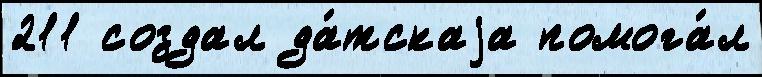
211 создал да́тскаjа помога́л